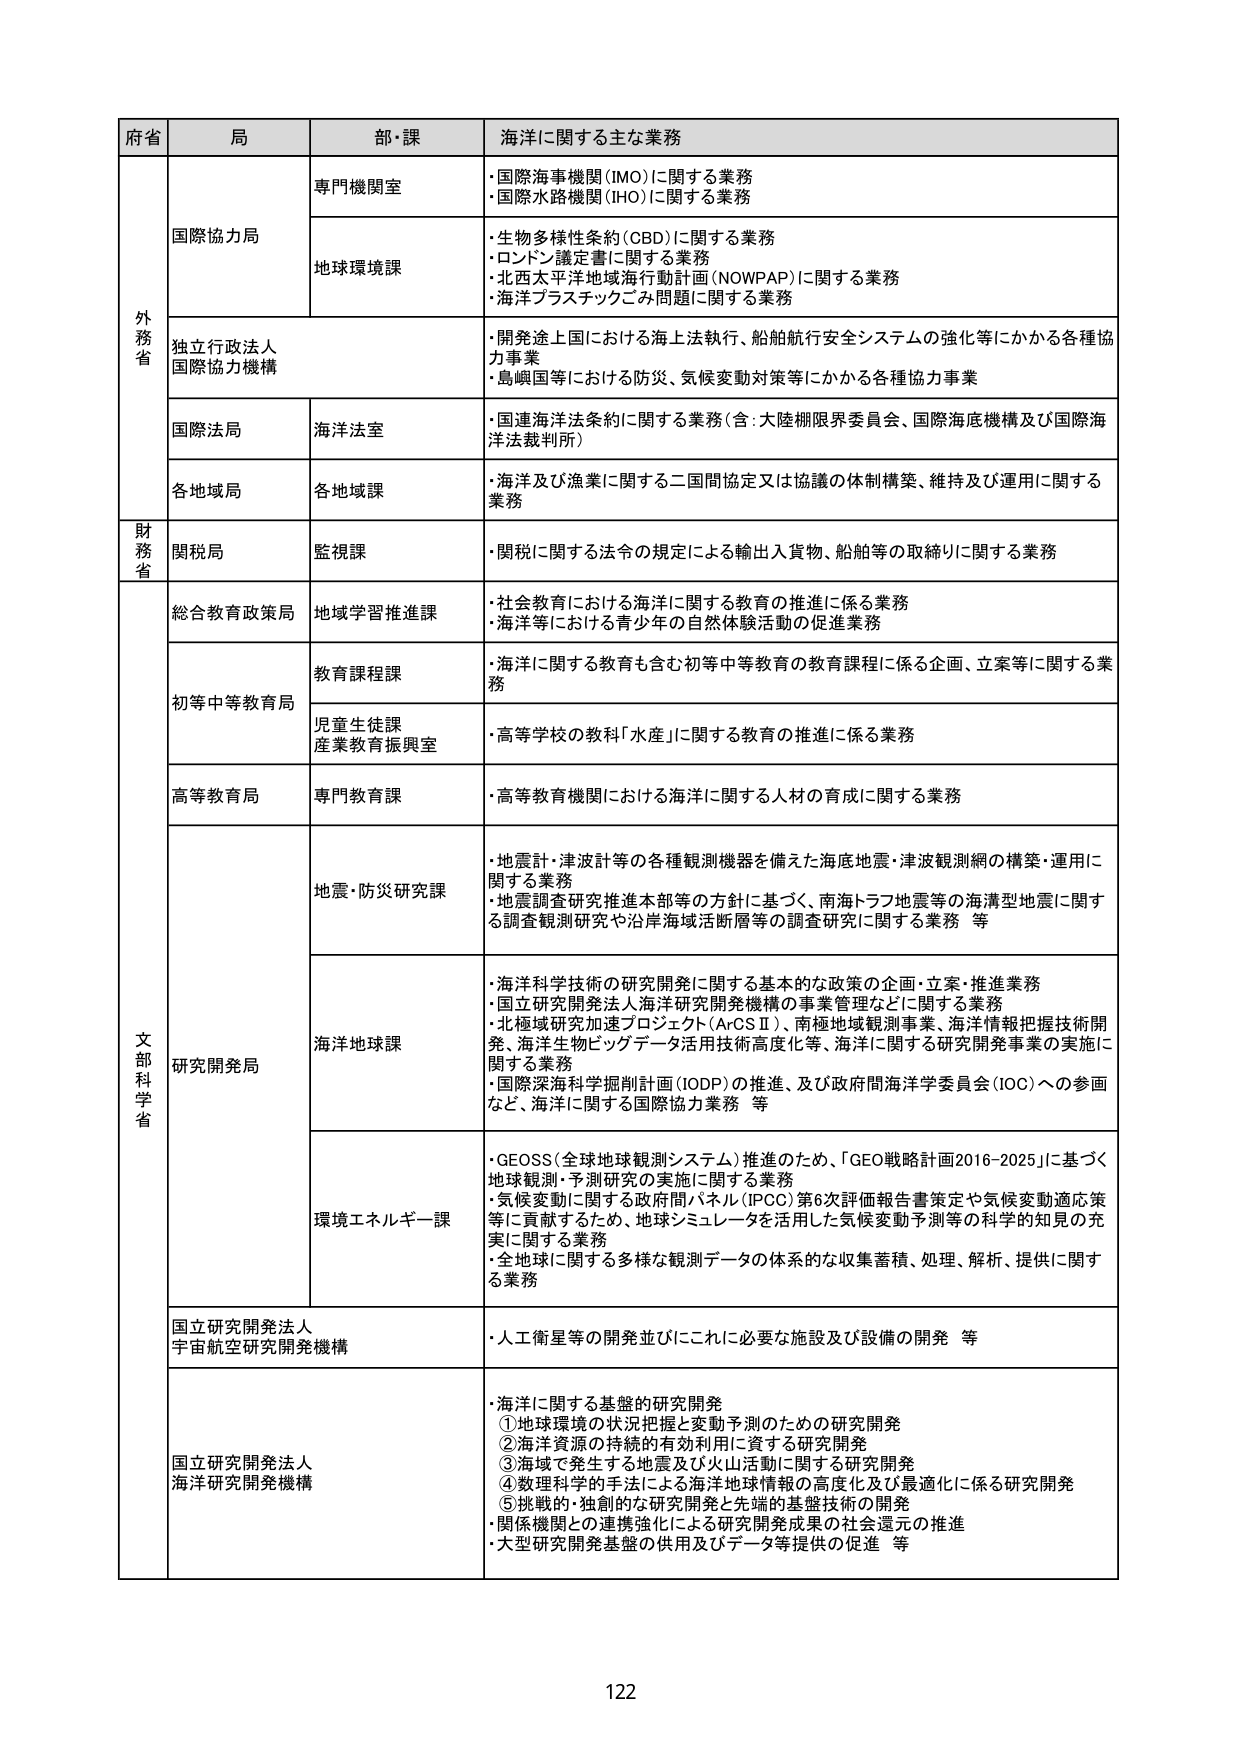
府省 局 部・課 海洋に関する主な業務
外務省 国際協力局 専門機関室 ・国際海事機関（IMO）に関する業務 ・国際水路機関（IHO）に関する業務
地球環境課 ・生物多様性条約（CBD）に関する業務 ・ロンドン議定書に関する業務 ・北西太平洋地域海行動計画（NOWPAP）に関する業務 ・海洋プラスチックごみ問題に関する業務
独立行政法人 国際協力機構 ・開発途上国における海上法執行、船舶航行安全システムの強化等にかかる各種協力事業 ・島嶼国等における防災、気候変動対策等にかかる各種協力事業
国際法局 海洋法室 ・国連海洋法条約に関する業務（含：大陸棚限界委員会、国際海底機構及び国際海洋法裁判所）
各地域局 各地域課 ・海洋及び漁業に関する二国間協定又は協議の体制構築、維持及び運用に関する業務
財務省 関税局 監視課 ・関税に関する法令の規定による輸出入貨物、船舶等の取締りに関する業務
文部科学省 総合教育政策局 地域学習推進課 ・社会教育における海洋に関する教育の推進に係る業務 ・海洋等における青少年の自然体験活動の促進業務
初等中等教育局 教育課程課 ・海洋に関する教育も含む初等中等教育の教育課程に係る企画、立案等に関する業務
児童生徒課 産業教育振興室 ・高等学校の教科「水産」に関する教育の推進に係る業務
高等教育局 専門教育課 ・高等教育機関における海洋に関する人材の育成に関する業務
研究開発局 地震・防災研究課 ・地震計・津波計等の各種観測機器を備えた海底地震・津波観測網の構築・運用に関する業務 ・地震調査研究推進本部等の方針に基づく、南海トラフ地震等の海溝型地震に関する調査観測研究や沿岸海域活断層等の調査研究に関する業務 等
海洋地球課 ・海洋科学技術の研究開発に関する基本的な政策の企画・立案・推進業務 ・国立研究開発法人海洋研究開発機構の事業管理などに関する業務 ・北極域研究加速プロジェクト（ArCSⅡ）、南極地域観測事業、海洋情報把握技術開発、海洋生物ビッグデータ活用技術高度化等、海洋に関する研究開発事業の実施に関する業務 ・国際深海科学掘削計画（IODP）の推進、及び政府間海洋学委員会（IOC）への参画など、海洋に関する国際協力業務 等
環境エネルギー課 ・GEOS（全球地球観測システム）推進のため、「GEO戦略計画2016-2025」に基づく地球観測・予測研究の実施に関する業務 ・気候変動に関する政府間パネル（IPCC）第6次評価報告書策定や気候変動適応策等に貢献するため、地球シミュレータを活用した気候変動予測等の科学的知見の充実に関する業務 ・全地球に関する多様な観測データの体系的な収集蓄積、処理、解析、提供に関する業務
国立研究開発法人 宇宙航空研究開発機構 ・人工衛星等の開発並びにこれに必要な施設及び設備の開発 等
国立研究開発法人 海洋研究開発機構 ・海洋に関する基盤的研究開発 ①地球環境の状況把握と変動予測のための研究開発 ②海洋資源の持続的有効利用に資する研究開発 ③海域で発生する地震及び火山活動に関する研究開発 ④数理科学的手法による海洋地球情報の高度化及び最適化に係る研究開発 ⑤挑戦的・独創的な研究開発と先端的基盤技術の開発 ・関係機関との連携強化による研究開発成果の社会還元の推進 ・大型研究開発基盤の供用及びデータ等提供の促進 等
122